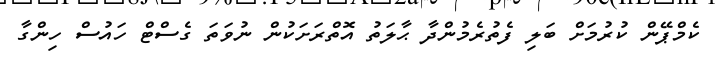
ކެމްޕޭން ކުރުމަށް ބަލި ފެތުރެމުންދާ ޙާލަތު އޮތްރަށަކުން ނުވަތަ ގެސްޓް ހައުސް ހިންގާ